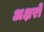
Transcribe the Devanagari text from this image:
अक्षरोें